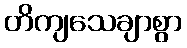
တိကျသေချာစွာ